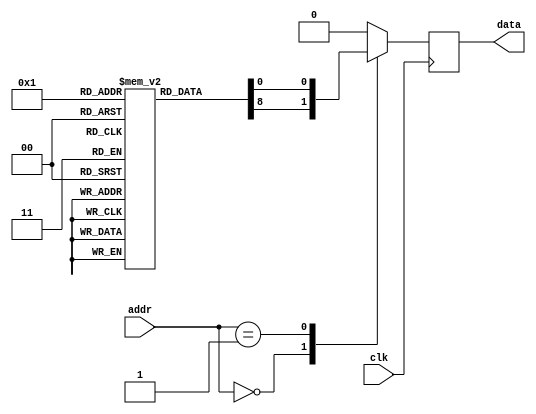
module antifuse_ROM (
    input wire clk,
    input wire [7:0] addr,
    output reg data
);

reg [7:0] memory [0:255];

// Initialize memory values using anti-fuse programming
initial begin
    // Memory data stored in anti-fuses during fabrication
    // For demonstration purposes, these values are hardcoded
    memory[0] <= 8'b11001100;
    memory[1] <= 8'b00110011;
    // Add more memory initialization here...
end

always @(posedge clk) begin
    // Address decoding logic
    case(addr)
        8'b00000000: data <= memory[0];
        8'b00000001: data <= memory[1];
        // Add more case statements here...
        default: data <= 8'b0; // default value in case of address out of range
    endcase
end

endmodule